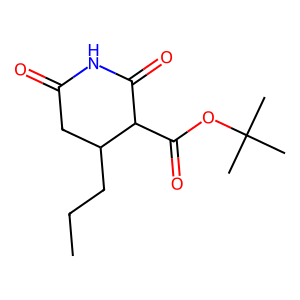
SMILES: CCCC1CC(=O)NC(=O)C1C(=O)OC(C)(C)C
Inhibits HIV replication: No